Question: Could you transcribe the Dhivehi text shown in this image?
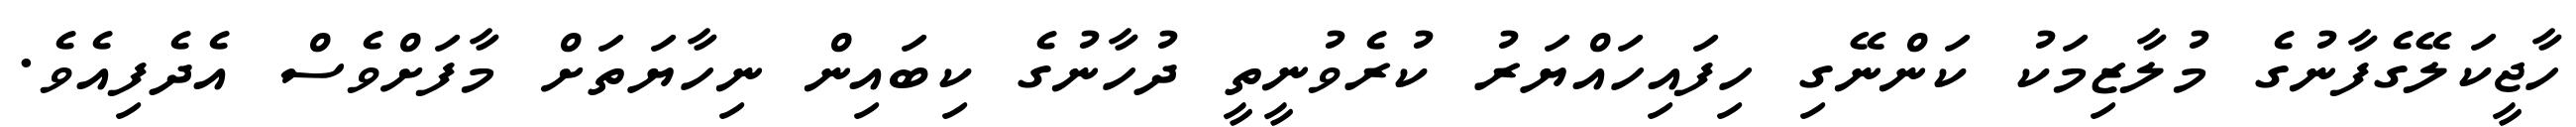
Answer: ހާޖީކަލޭގެފާނުގެ މުލާޒިމަކު ކަންނޭގި ހިފައިހައްޔަރު ކުރެވުނީތީ ދުހާނުގެ ކިބައިން ނިހާޔަތަށް މާފަށްވެސް އެދެފިއެވެ.